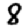
Digit: 8